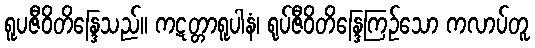
ရူပဇီဝိတိန္ဒြေသည်။ ကဋတ္တာရူပါနံ၊ ရုပ်ဇီဝိတိန္ဒြေကြဉ်သော ကလာပ်တူ